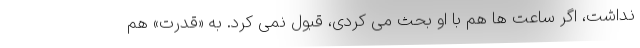
نداشت، اگر ساعت ها هم با او بحث می کردی، قبول نمی کرد. به «قدرت» هم